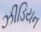
ઝીડિયન